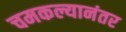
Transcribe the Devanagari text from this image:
चमकल्यानंतर